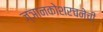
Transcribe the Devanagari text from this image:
ज्ञानकोशरचनेची